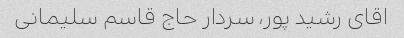
اقای رشید پور، سردار حاج قاسم سلیمانی